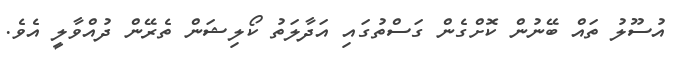
އުސޫލު ތައް ބޭނުން ކޮށްގެން ގަސްތުގައި އަދާލަތު ކޯލިޝަން ތެރޭން ދުއްވާލީ އެވެ.